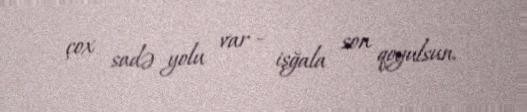
çox sadə yolu var - işğala son qoyulsun.